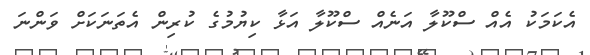
އެކަމަކު އެއް ސްކޫލާ އަނެއް ސްކޫލާ އަޅާ ކިޔުމުގެ ކުރިން އެތަނަކަށް ވަންނަ